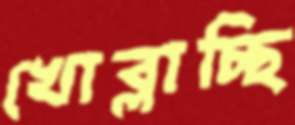
খোব্‌লাচ্ছি